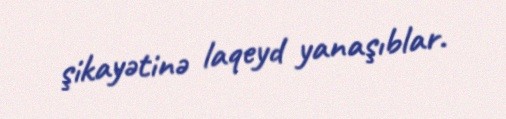
şikayətinə laqeyd yanaşıblar.